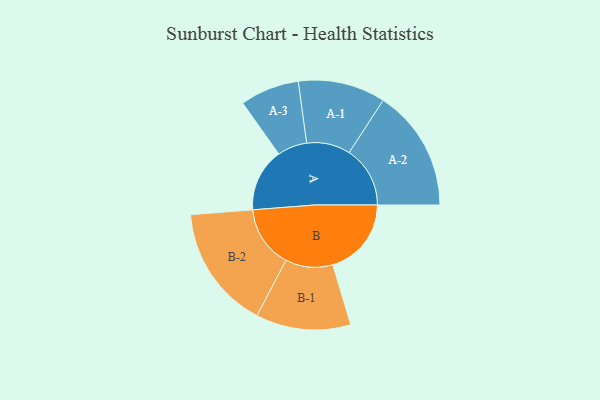
{"axis": {"x": "Segment", "y": "Value"}, "legend": ["", "A", "B"], "data": [{"x": "A", "y": 252, "type": ""}, {"x": "B", "y": 313, "type": ""}, {"x": "A-1", "y": 174, "type": "A"}, {"x": "A-2", "y": 243, "type": "A"}, {"x": "A-3", "y": 118, "type": "A"}, {"x": "B-1", "y": 189, "type": "B"}, {"x": "B-2", "y": 247, "type": "B"}]}